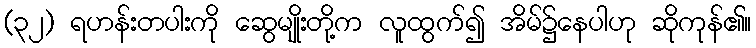
(၃၂) ရဟန်းတပါးကို ဆွေမျိုးတို့က လူထွက်၍ အိမ်၌နေပါဟု ဆိုကုန်၏။